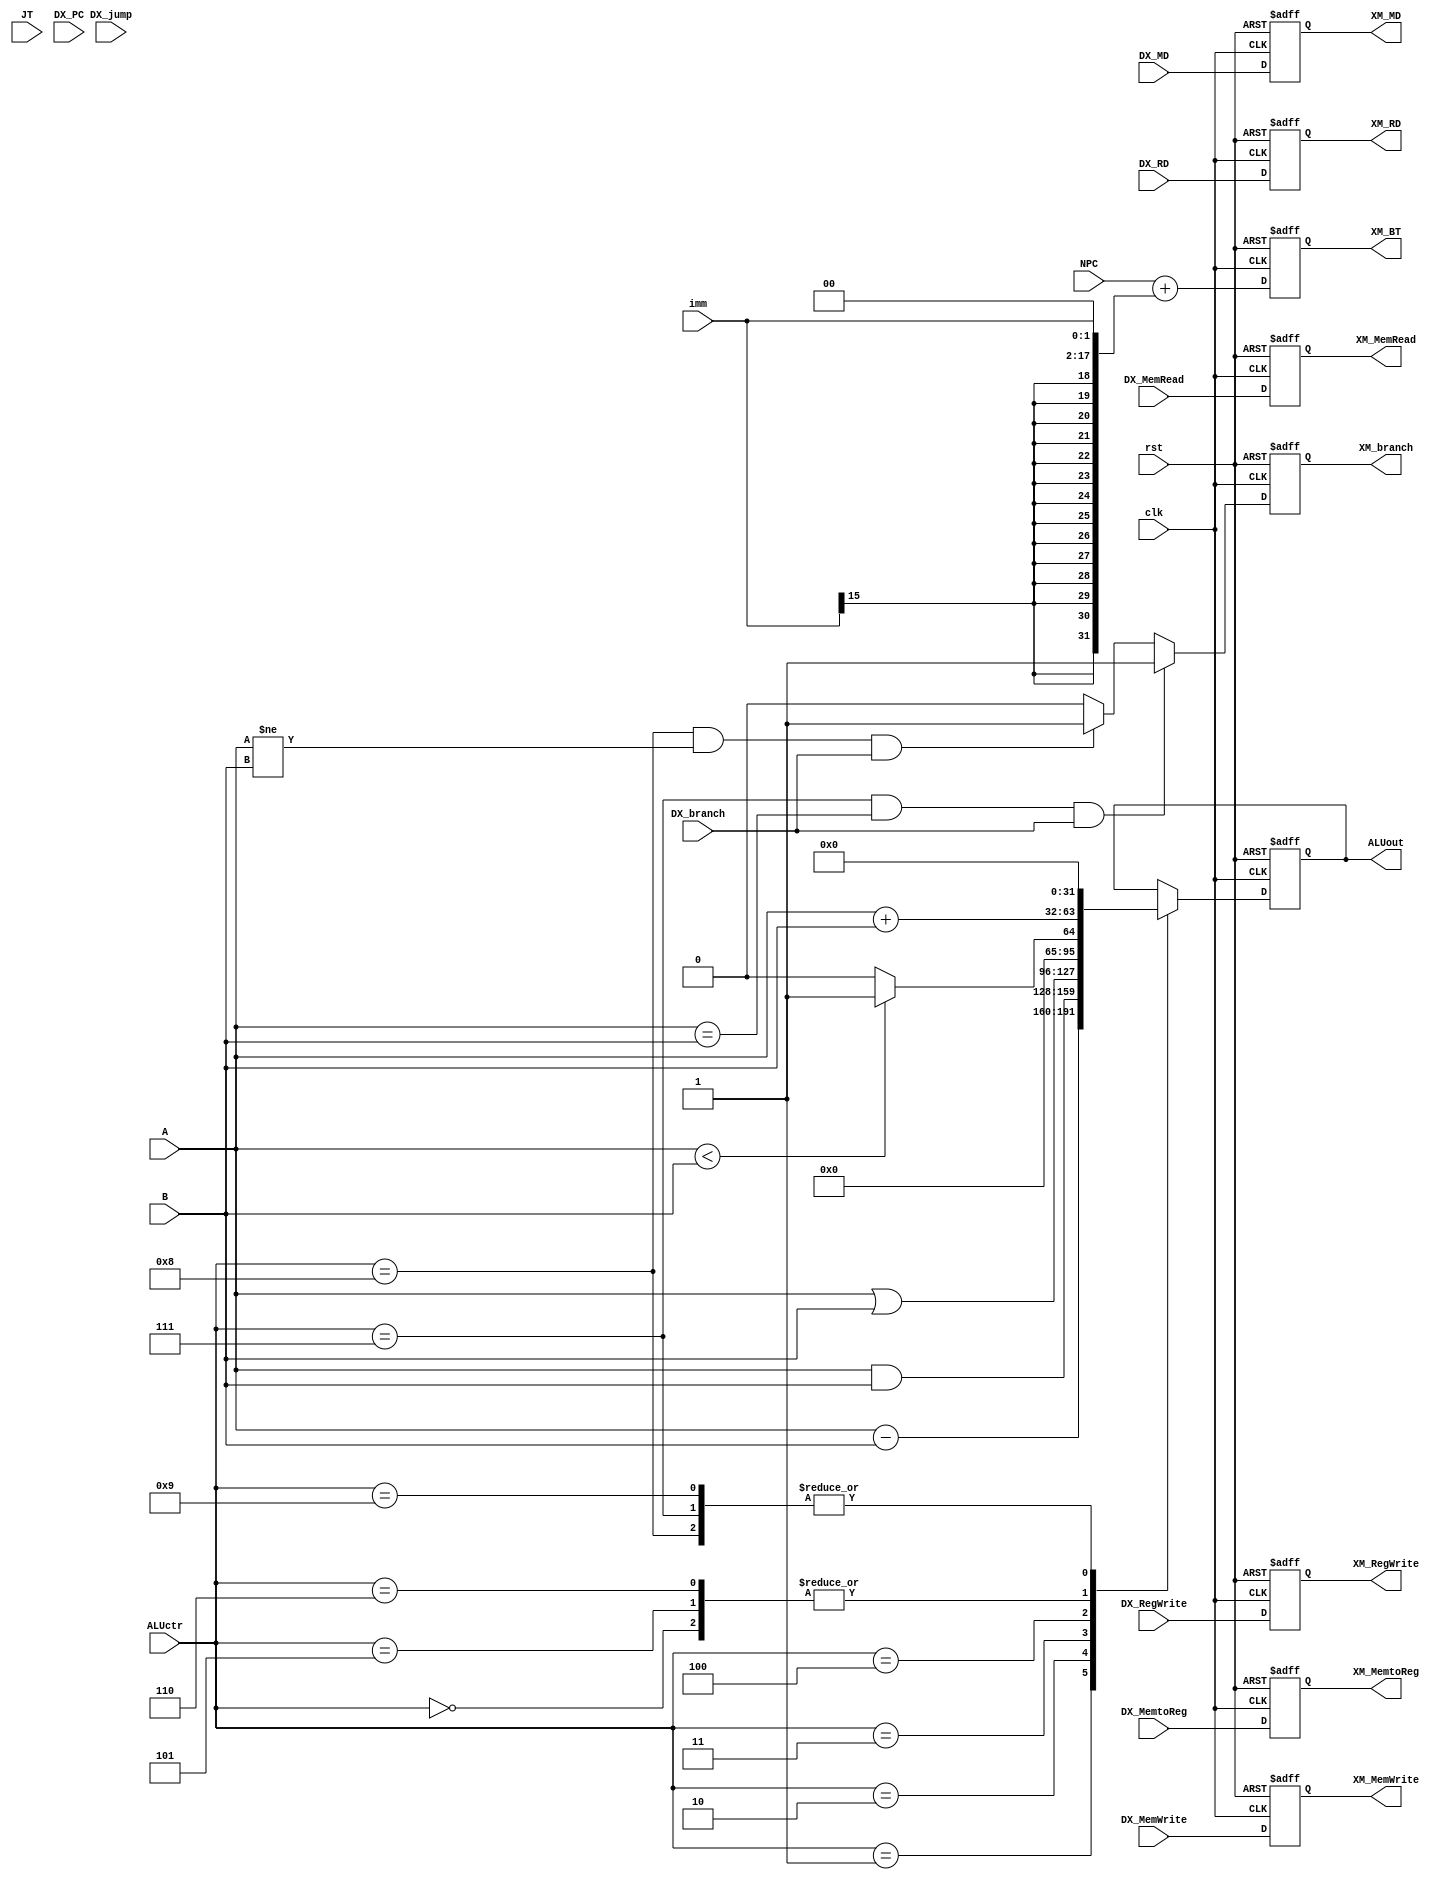
`timescale 1ns/1ps

module EXECUTION(
	clk,
	rst,
	DX_MemtoReg,
	DX_RegWrite,
	DX_MemRead,
	DX_MemWrite,
	DX_branch,
	ALUctr,
	NPC,
	A,
	B,
	imm,
	DX_RD,
	DX_MD,

	JT,
	DX_PC,
	DX_jump,

	XM_MemtoReg,
	XM_RegWrite,
	XM_MemRead,
	XM_MemWrite,
	XM_branch,
	ALUout,
	XM_RD,
	XM_MD,
	XM_BT
);

input clk, rst, DX_MemtoReg, DX_RegWrite, DX_MemRead, DX_MemWrite, DX_branch, DX_jump;
input [3:0] ALUctr;
input [31:0]JT, DX_PC, NPC, A, B;
input [15:0]imm;
input [4:0] DX_RD;
input [31:0] DX_MD;

output reg XM_MemtoReg, XM_RegWrite, XM_MemRead, XM_MemWrite, XM_branch;
output reg [31:0]ALUout, XM_BT;
output reg [4:0] XM_RD;
output reg [31:0] XM_MD;

//set pipeline register
always @(posedge clk or posedge rst)
begin
	if(rst) begin //
		XM_MemtoReg	<= 1'b0;
		XM_RegWrite	<= 1'b0;
		XM_MemRead 	<= 1'b0;
		XM_MemWrite	<= 1'b0;
		XM_RD 	   	<= 5'b0;
		XM_MD 	   	<= 32'b0;
		XM_branch	<= 1'b0;
		XM_BT		<= 32'b0;
	end else begin
		XM_MemtoReg	<= DX_MemtoReg;
		XM_RegWrite	<= DX_RegWrite;
		XM_MemRead 	<= DX_MemRead;
		XM_MemWrite	<= DX_MemWrite;
		XM_RD 	   	<= DX_RD;
		XM_MD 	   	<= DX_MD;
	    XM_branch	<= ((ALUctr==7) && (A == B) && (DX_branch))? 1'b1: ((ALUctr==8) && (A != B) && (DX_branch))?1'b1:1'b0;
		XM_BT		<= NPC+{ { 15{imm[15]}}, imm, 2'b0};  //Branch Target = PC +  (EX. beq)
		//beq"execution"ALUout0
	end
end

always @(posedge clk or posedge rst)
begin
   if(rst) begin
   		ALUout <= 32'b0;
   end else begin
   		case(ALUctr)
		  	4'd0: //add / lw ...  //ID?
		     	ALUout 	<= A + B;
			4'd1: //sub
				ALUout 	<= A - B;
			4'd2: //and
				ALUout 	<= A & B;
			4'd3: //or
				ALUout 	<= A | B;
			4'd4: //slt
				ALUout 	<= (A < B)?1:0;
			// I type
			4'd5: //lw
				ALUout 	<= A + B;
			4'd6: //sw
				ALUout 	<= A + B;
			4'd7: //beq
				ALUout 	<= 32'd0;
			4'd8: //bne
				ALUout 	<= 32'd0;
			// J type
			4'd9: //j
				ALUout 	<= 32'd0;
		endcase
   end
end


endmodule